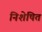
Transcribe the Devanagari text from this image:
निशेषित